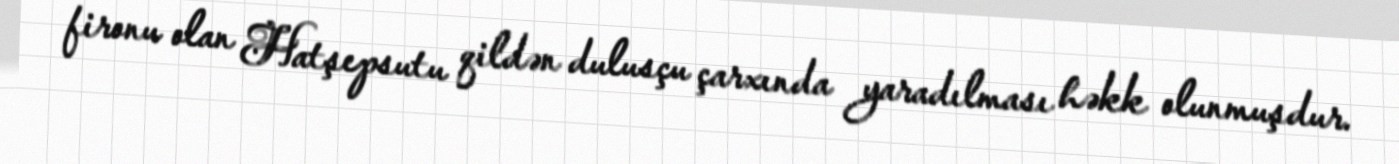
fironu olan Hatşepsutu qildən dulusçu çarxında yaradılması həkk olunmuşdur.